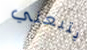
يتبعني